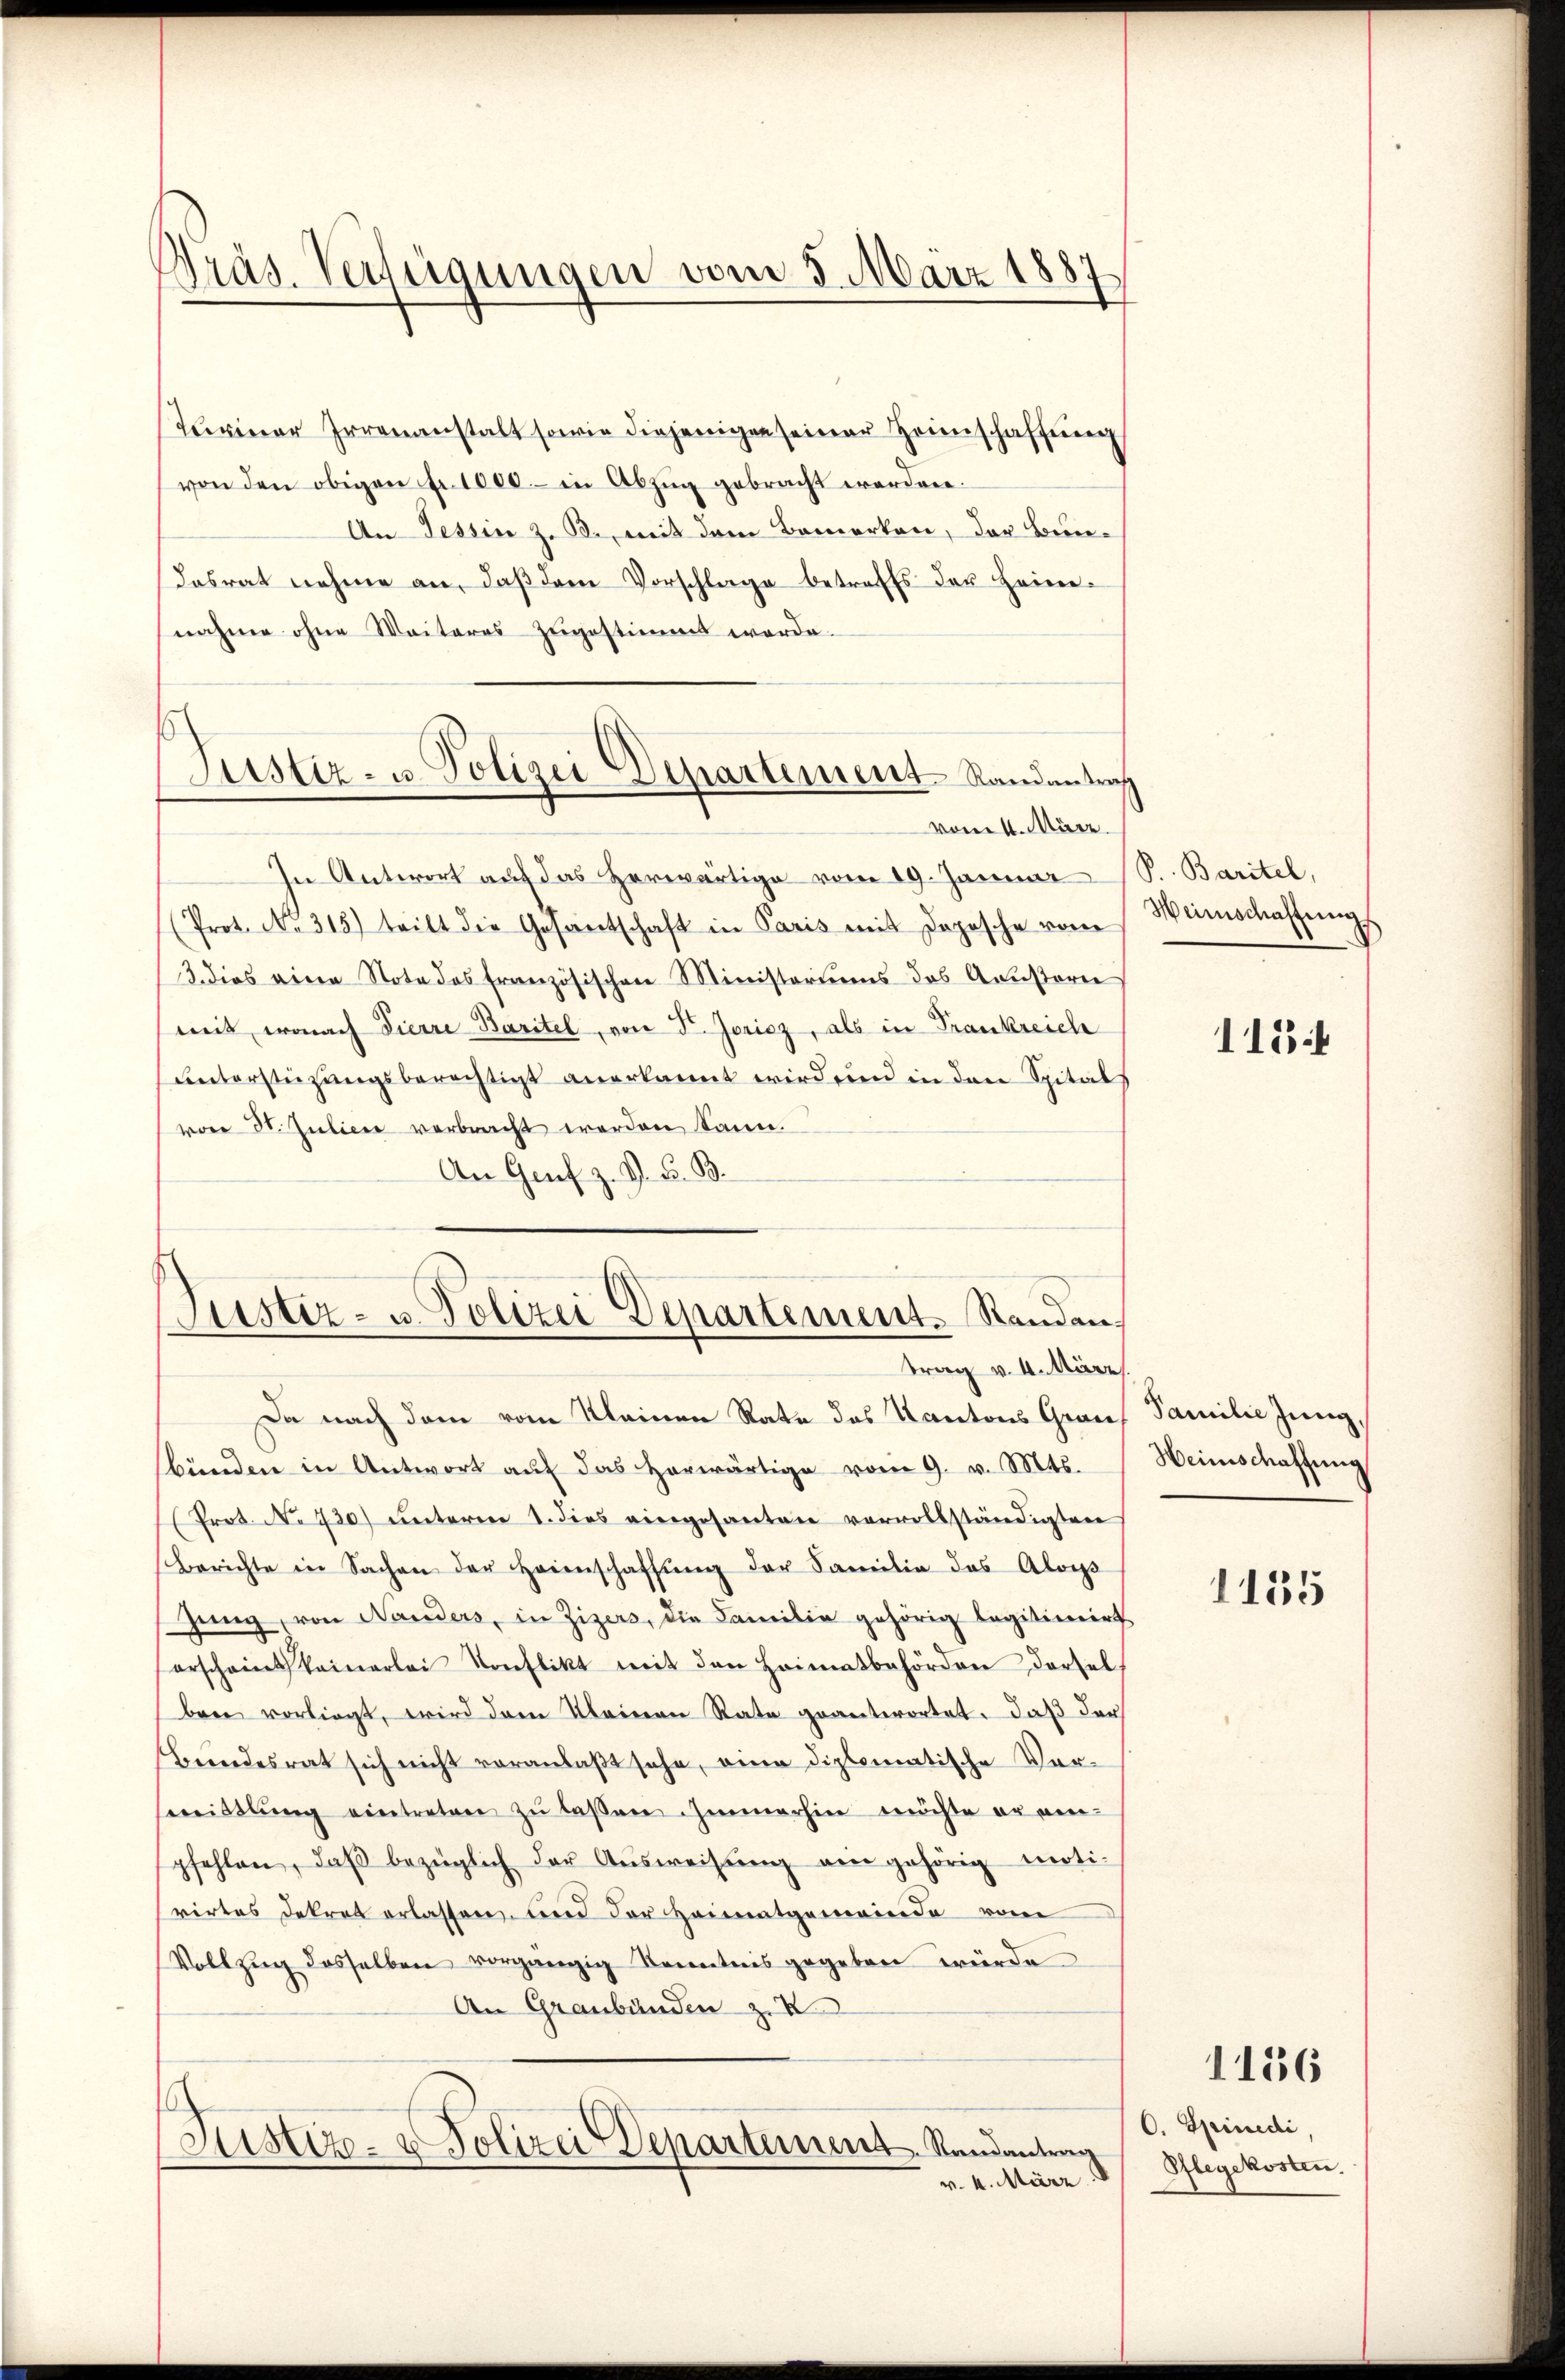
Präs. Verfügungen vom 5. März 1887
¬

Justiz- u. Polizei Departement Randentraf

Turiner Irrenanstalt sowie diejenigen seiner Heimschaffung
von den obigen fr. 1000.- in Abzŭg gebracht werden.
An Tessin z. B., mit dem Bemerken, der Bun¬
Tasrat nehme an, daß dem Vorschlage betreffs der Heimnahme ohne Weiteres zugestimmt werde.
vom 11. März.
In Antwort auf das herwärtige vom 19. Januar
(Prot. No. 315) tritt die Gesamtschaft in Paris mit Depesche vom
3. dies eine Nota des französischen Ministoriŭms das Aŭsterer
mit, wonach Fierre Baritel, von Fr. Joricz, als in Frankreich
unterstüzungsberechtigt anerkannt wird und in den Spitals
von 30. Julier verbracht worden kann.
An Genf z. Z. F. B.
Justiz- u. Polizei Departement. Randan¬

trag v. 4. März

Da nach dem vom Kleinen Rate des Kantons Graubünden in Antwort aŭf das herwärtige vom 9. v. Mts.
Prot. No 730) unterm 1. dies eingesanten vervollständigten
berichte in Sachen der Heimschaffŭng der Familie das Alois
gung, von Nanders, in Zizers, die Familie gehörig legitimirt
erscheint keinerlei Konflikt mit den Heimatbehörden dersel
bern vorliegt, wird dem Kleinen Rate geantwortet, daß der
Bundesrat sich nicht veranlaßt sehe, eine diplomatische Verbereistlŭng eintreten zŭ lassen Immerhin möchte er ein-
pfehlen, daβ bezüglich der Aŭsweisŭng ein gehörig moti-
rirtes dekret erlassen und der Heimatgemeinde vom
Vollzug desselben vorgängig Kenntnis gegeben würde
An Graubünden z
Justiz- & Polizei Departement Randantrag
v. 4. März

P. Baritel,
Weinschaffung

1154

Familie Jung,
Heinschaffung

1135

1136

O. Spinedi
Pflegekosten.